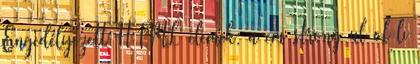
Engedélyezett HTML elemek: a em strong ul ol li